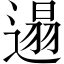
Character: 遢